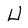
Character: U